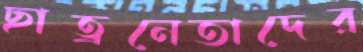
ছাত্রনেতাদের